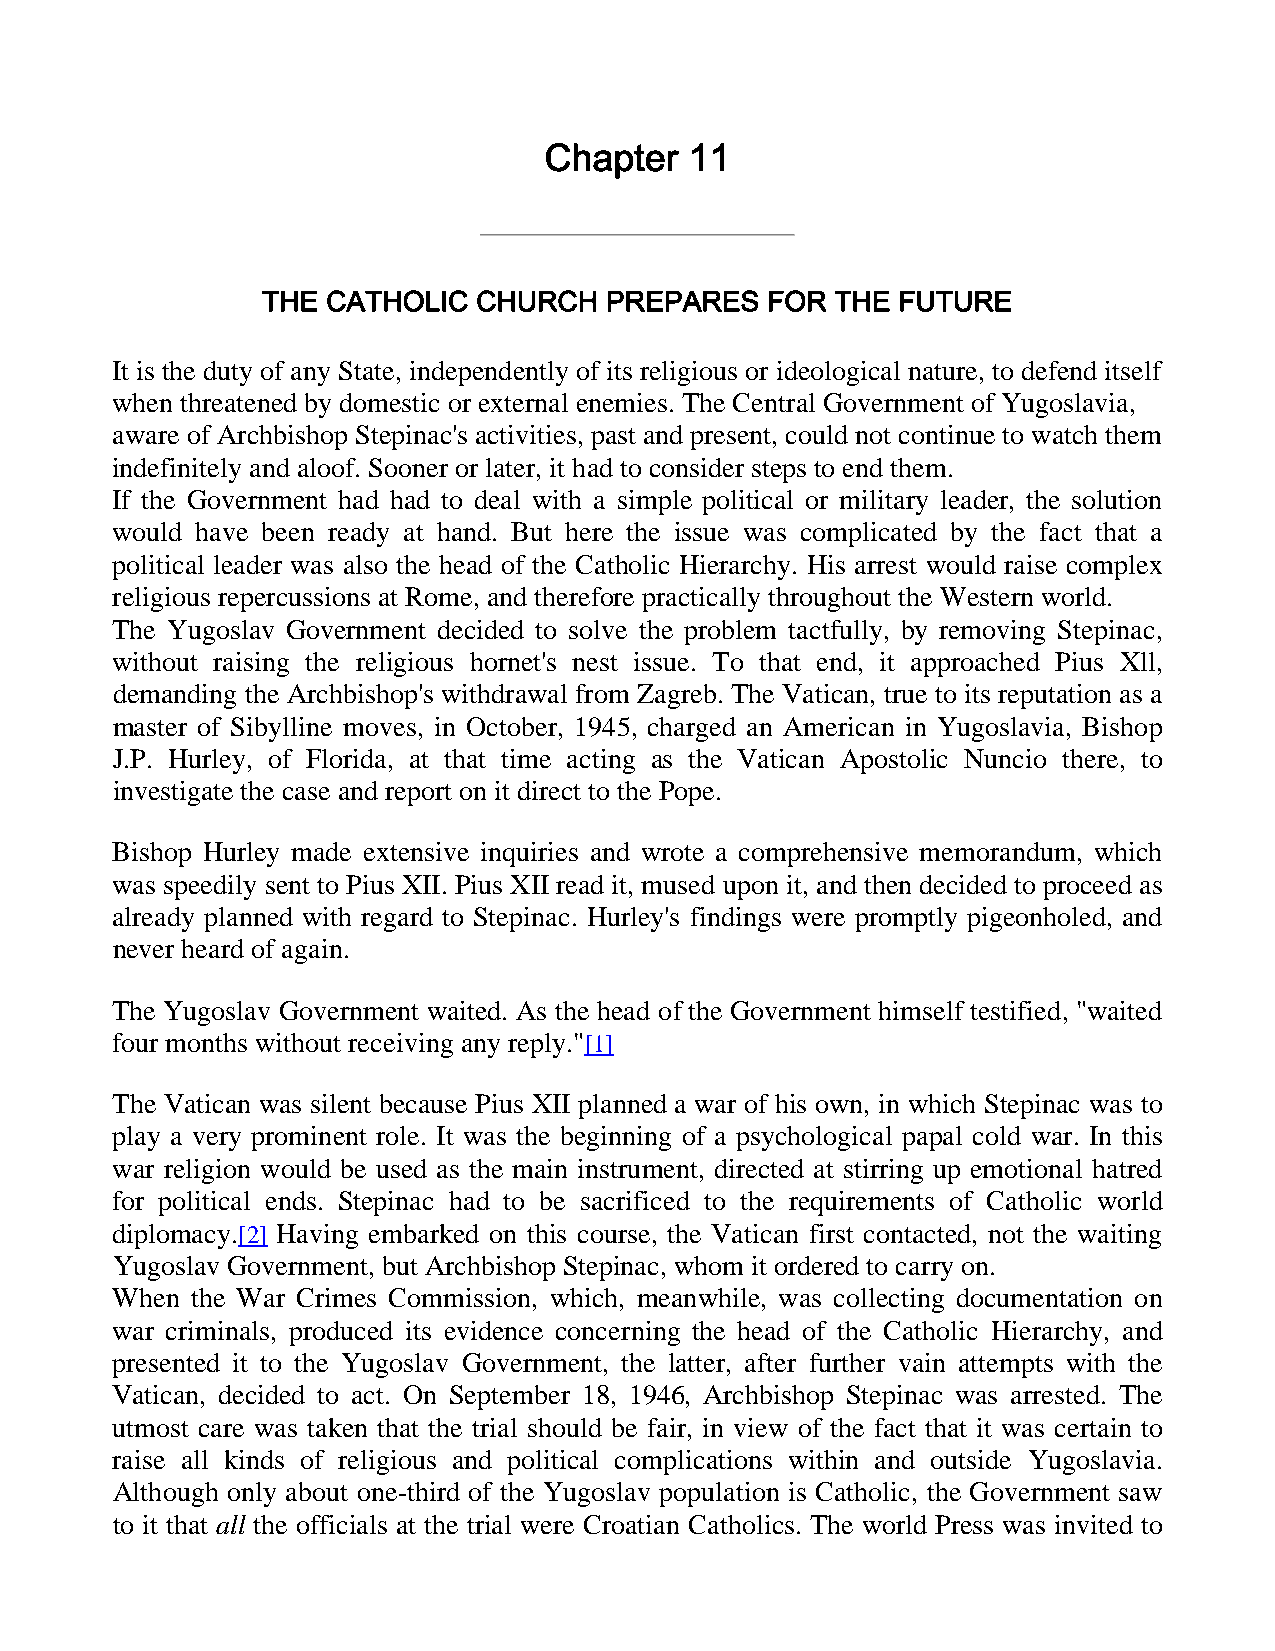
Chapter   11
 THE  CATHOLIC  CHURCH  PREPARES   FOR THE FUTURE
 It is the duty of any State, independently of its religious or ideological nature, to defend itself
 when threatened by domestic or external enemies. The Central Government of Yugoslavia,
 aware of Archbishop Stepinac's activities, past and present, could not continue to watch them
 indefinitely and aloof. Sooner or later, it had to consider steps to end them.
 If the Government had had to deal with a simple political or military leader, the solution
 would have been ready at hand. But here the issue was complicated by the fact that a
 political leader was also the head of the Catholic Hierarchy. His arrest would raise complex
 religious repercussions at Rome, and therefore practically throughout the Western world.
 The Yugoslav Government decided to solve the problem tactfully, by removing Stepinac,
 without raising the religious hornet's nest issue. To that end, it approached Pius Xll,
 demanding the Archbishop's withdrawal from Zagreb. The Vatican, true to its reputation as a
 master of Sibylline moves, in October, 1945, charged an American in Yugoslavia, Bishop
 J.P. Hurley, of Florida, at that time acting as the Vatican Apostolic Nuncio there, to
 investigate the case and report on it direct to the Pope.
 Bishop Hurley made extensive inquiries and wrote a comprehensive memorandum, which
 was speedily sent to Pius XII. Pius XII read it, mused upon it, and then decided to proceed as
 already planned with regard to Stepinac. Hurley's findings were promptly pigeonholed, and
 never heard of again.
 The Yugoslav Government waited. As the head of the Government himself testified, "waited
 four months without receiving any reply."[1]
 The Vatican was silent because Pius XII planned a war of his own, in which Stepinac was to
 play a very prominent role. It was the beginning of a psychological papal cold war. In this
 war religion would be used as the main instrument, directed at stirring up emotional hatred
 for political ends. Stepinac had to be sacrificed to the requirements of Catholic world
 diplomacy.[2] Having embarked on this course, the Vatican first contacted, not the waiting
 Yugoslav Government, but Archbishop Stepinac, whom it ordered to carry on.
 When  the War Crimes Commission, which, meanwhile, was collecting documentation on
 war criminals, produced its evidence concerning the head of the Catholic Hierarchy, and
 presented it to the Yugoslav Government, the latter, after further vain attempts with the
 Vatican, decided to act. On September 18, 1946, Archbishop Stepinac was arrested. The
 utmost care was taken that the trial should be fair, in view of the fact that it was certain to
 raise all kinds of religious and political complications within and outside Yugoslavia.
 Although only about one-third of the Yugoslav population is Catholic, the Government saw
 to it that all the officials at the trial were Croatian Catholics. The world Press was invited to